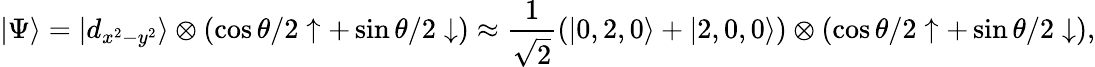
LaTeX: |\Psi\rangle=|d_{x^{2}-y^{2}}\rangle\otimes(\cos{\theta/2}\uparrow+\sin{\theta/2}\downarrow)\approx\frac{1}{\sqrt{2}}(|0,2,0\rangle+|2,0,0\rangle)\otimes(\cos{\theta/2}\uparrow+\sin{\theta/2}\downarrow),